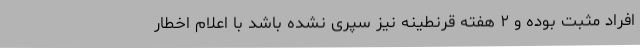
افراد مثبت بوده و ۲ هفته قرنطینه نیز سپری نشده باشد با اعلام اخطار